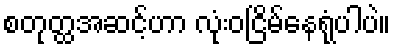
စတုတ္ထအဆင့်ဟာ လုံးဝငြိမ်နေရုံပါပဲ။